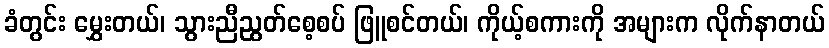
ခံတွင်း မွှေးတယ်၊ သွားညီညွတ်စေ့စပ် ဖြူစင်တယ်၊ ကိုယ့်စကားကို အများက လိုက်နာတယ်